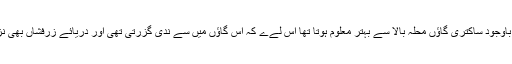
مگر اس سب کے باوجود ساکتری گاﺅں محلہ بالا سے بہتر معلوم ہوتا تھا اس لےے کہ اس گاﺅں میں سے ندی گزرتی تھی اور دریائے زرفشاں بھی نزدیک ہی بہتا تھا ۔